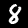
Label: 8